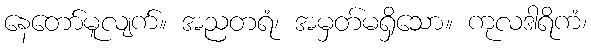
နေတော်မူလျက်။ အညတရံ၊ အမှတ်မရှိသော။ ကုလဒါရိကံ၊